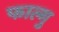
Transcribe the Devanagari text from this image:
फाल्गु